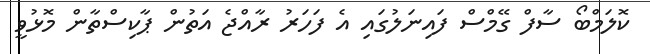
ކޮލަމްބޯ ސާފް ގޭމްސް ފައިނަލުގައި އެ ފަހަރު ރާއްޖެ އަތުން ޕާކިސްތާން މޮޅުވީ